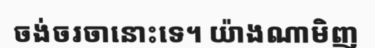
ចង់ចរចានោះទេ។ យ៉ាងណាមិញ